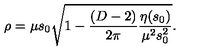
\rho = \mu s _ { 0 } \sqrt { 1 - \frac { ( D - 2 ) } { 2 \pi } \frac { \eta ( s _ { 0 } ) } { \mu ^ { 2 } s _ { 0 } ^ { 2 } } } .